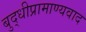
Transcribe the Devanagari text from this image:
बुद्धीप्रामाण्यवाद